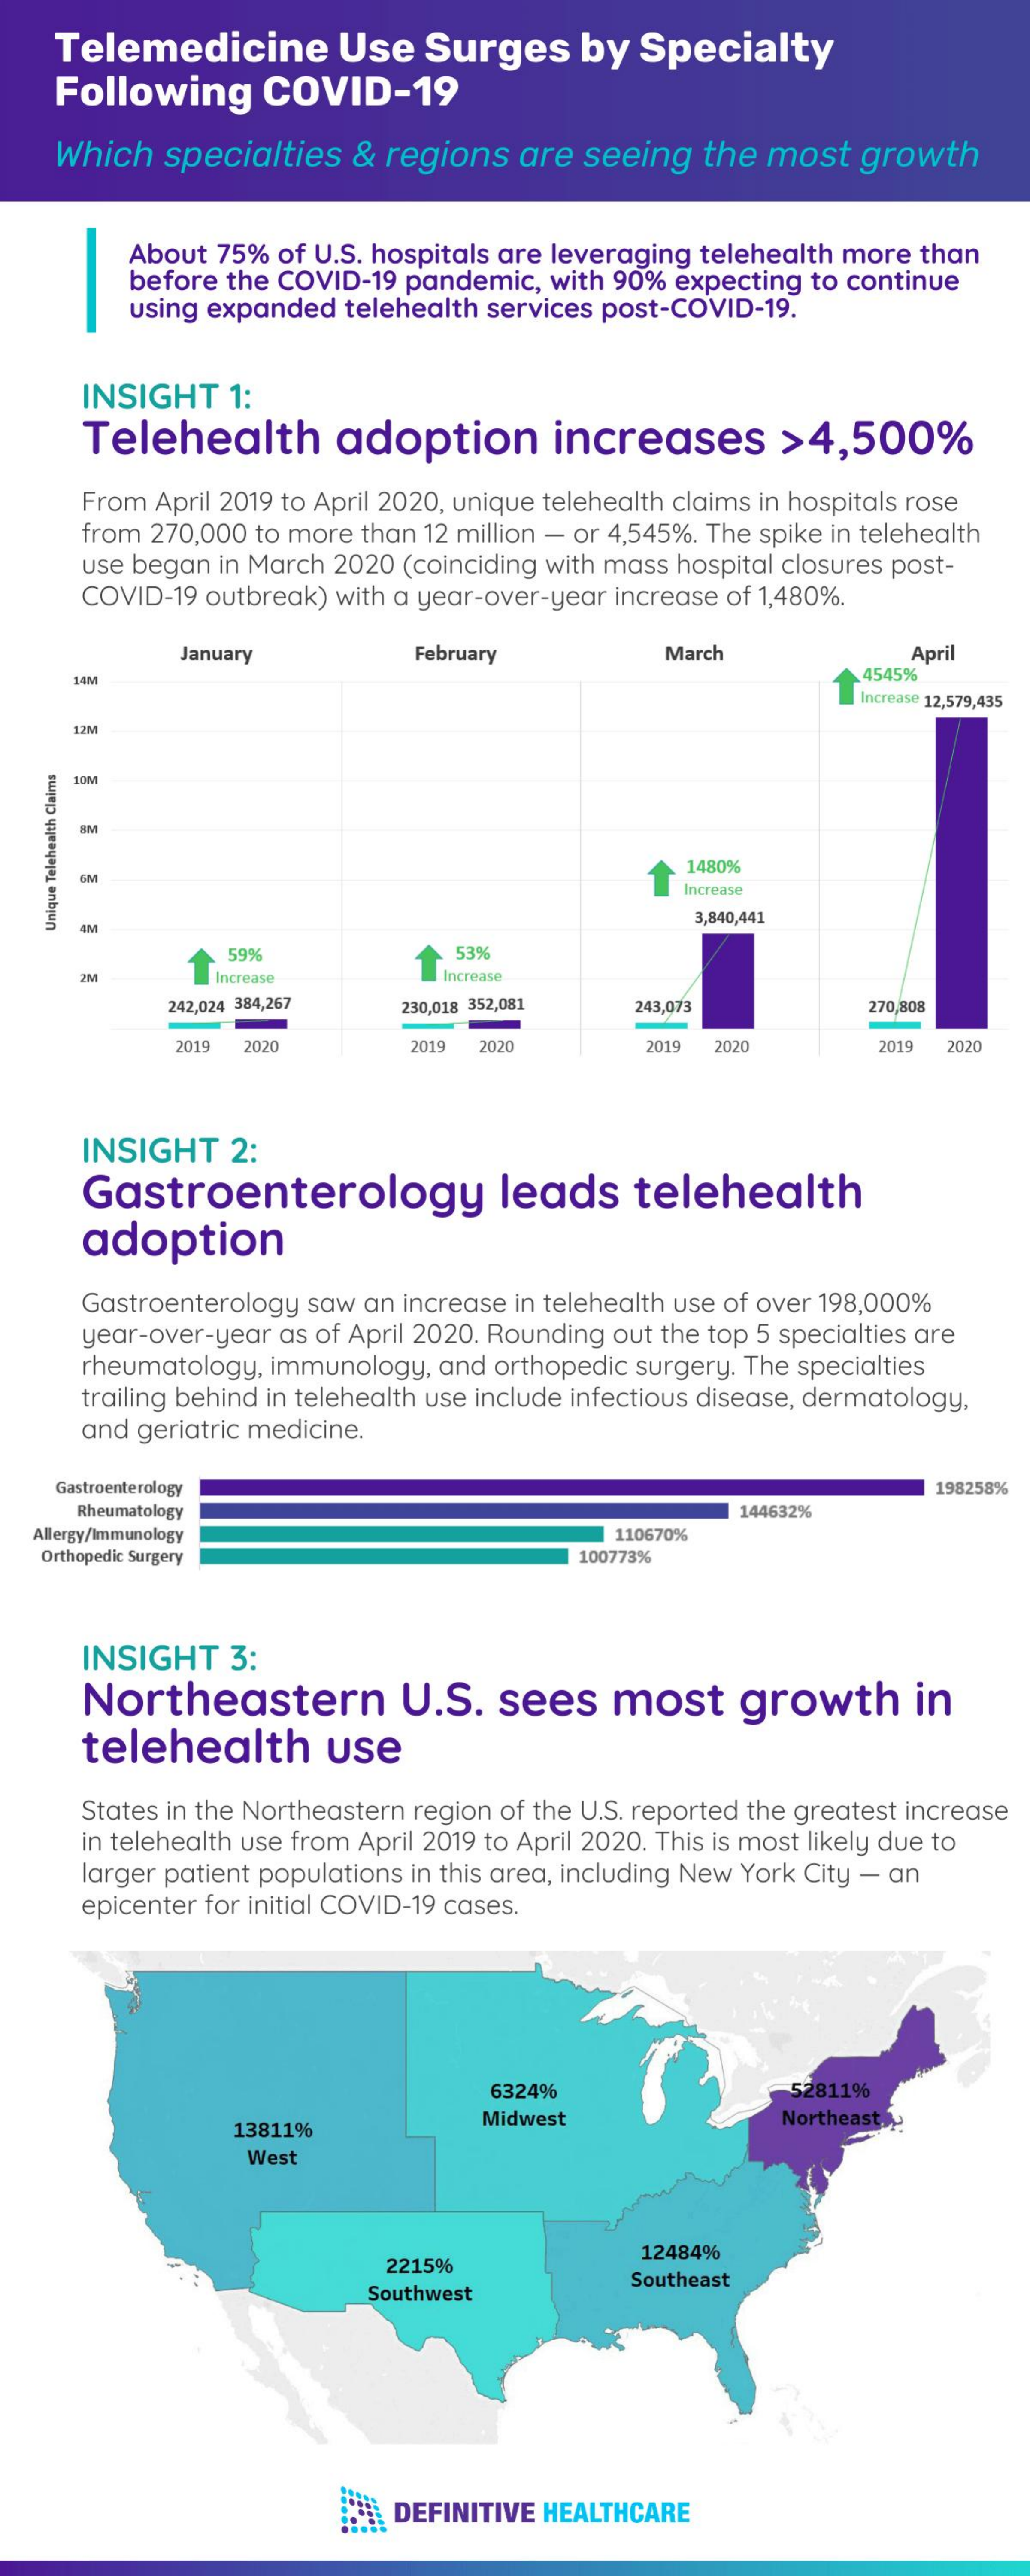
Telemedicine    Use    Surges    by   Specialty
    Following    COVID-19
    Which   specialties   &  regions   are seeing   the  most   growth
     About 75%  of U.S. hospitals are leveraging telehealth more than
     before the COVID-19 pandemic,  with 90% expecting to continue
     using expanded  telehealth services post-COVID-19.
     INSIGHT    1:
     Telehealth    adoption    increases    >4,500%
     From  April 2019 to April 2020, unique telehealth claims in hospitals rose
     from 270,000 to more than 12 million - or 4,545%. The spike in telehealth
     use began in March 2020 (coinciding with mass hospital closures post-
     COVID-19 outbreak) with a year-over-year increase of 1,480%.
     January    February    March
     14M    4545%
     April
     ncrease 12,579,435
     12M
     10M
     1480%
     Increase
     3,840,441
     AN
    Unique
    Telehealth
    Claims
     59%    53%
     2M    Increase    Increase
     242,024 384,267  230,018 352,081  243,073    270,808
     2019 2020    2019 2020    2019 2020    2019 2020
     INSIGHT   2:
     Gastroenterology    leads    telehealth
     adoption
     Gastroenterology saw an increase in telehealth use of over 198,000%
     year-over-year as of April 2020. Rounding out the top 5 specialties are
     rheumatology, immunology,  and orthopedic surgery. The specialties
     trailing behind in telehealth use include infectious disease, dermatology,
     and geriatric medicine.
    Gastroenterology    198258%
     Rheumatology    144632%
   Allergy/Immunology    110670%
   Orthopedic Surgery    100773%
     INSIGHT   3:
     Northeastern    U.S.   sees    most    growth    in
     telehealth    use
     States in the Northeastern region of the U.S. reported the greatest increase
     in telehealth use from April 2019 to April 2020. This is most likely due to
     larger patient populations in this area, including New York City - an
     epicenter for initial COVID-19 cases.
     6324%    52811%
     13811%
     Midwest    Northeast
     West
     2215%
     12484%
     Southwest
     Southeast
     DEFINITIVE HEALTHCARE